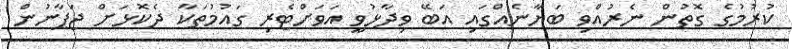
ކުރުމުގެ ގޮތުން ނެރުއްވި ބަޔާނެއްގައި އަބޭ ވިދާޅުވީ އަވަށްޓެރި ގައުމުތަކާ ދެކޮޅަށް ޖަޕާނުން